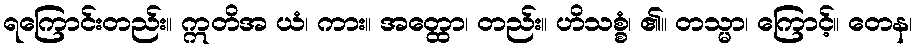
ရကြောင်းတည်း။ ဣတိအ ယံ၊ ကား။ အတ္ထော၊ တည်း။ ဟိသစ္စံ၊ ၏။ တသ္မာ၊ ကြောင့်။ တေန၊